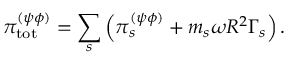
{ \pi } _ { \mathrm { t o t } } ^ { ( \psi \phi ) } = \sum _ { s } \left( \pi _ { s } ^ { ( \psi \phi ) } + m _ { s } \omega R ^ { 2 } \Gamma _ { s } \right) .